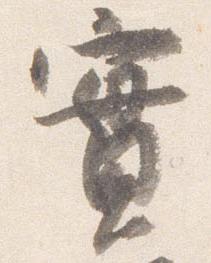
実